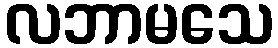
လဘာမသေ